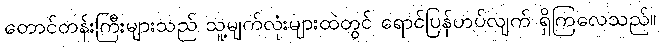
တောင်တန်းကြီးများသည် သူ့မျက်လုံးများထဲတွင် ရောင်ပြန်ဟပ်လျက် ရှိကြလေသည်။